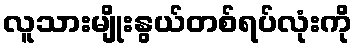
လူသားမျိုးနွယ်တစ်ရပ်လုံးကို